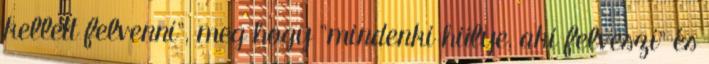
kellett felvenni", meg hogy "mindenki hülye, aki felveszi" és